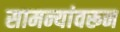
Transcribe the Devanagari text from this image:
सामन्यांवरून